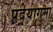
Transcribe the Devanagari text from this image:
प्रदेयागमा